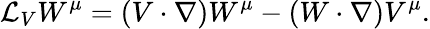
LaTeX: {\mathcal{L}}_{V}W^{\mu}=(V\cdot\nabla)W^{\mu}-(W\cdot\nabla)V^{\mu}.